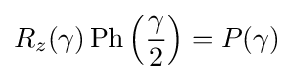
R_{z}(\gamma )\operatorname {Ph} \left({\frac {\gamma }{2}}\right)=P(\gamma )